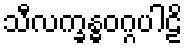
သီလက္ခန္ဓဝဂ္ဂပါဠိ